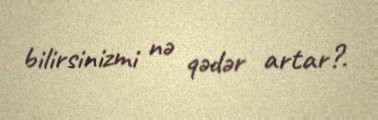
bilirsinizmi nə qədər artar?.